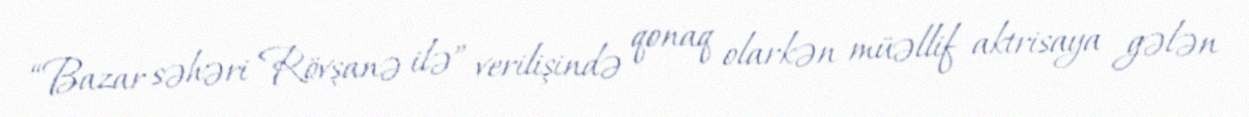
“Bazar səhəri Rövşanə ilə” verilişində qonaq olarkən müəllif aktrisaya gələn